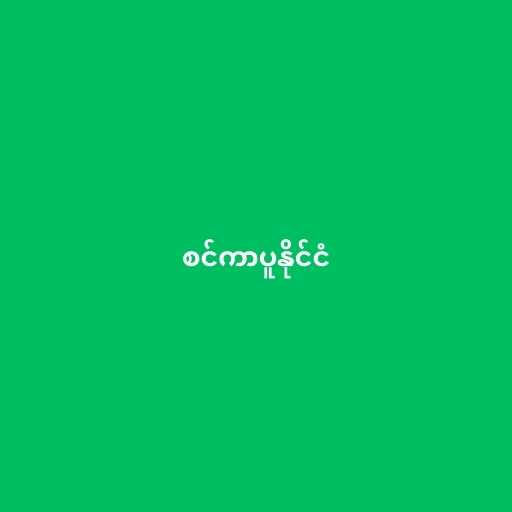
စင်ကာပူနိုင်ငံ